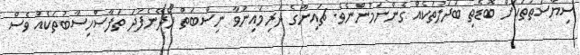
ސިޔާސަތުތަކަށް ބޮޑެތި ބަދަލުތަކެއް ގެންނަމުންނެވެ. ޗައިނާގެ ދަރިމައިނުވާ ނިސްބަތް ހޯދޭނެފަދަ ތަފާސްހިސާބުތަކެއް ވެސް